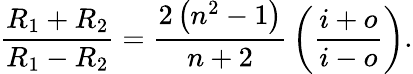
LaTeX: {\frac{R_{1}+R_{2}}{R_{1}-R_{2}}}={\frac{2\left(n^{2}-1\right)}{n+2}}\left({\frac{i+o}{i-o}}\right).